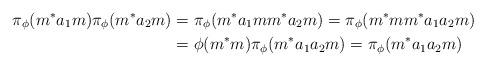
LaTeX: \begin{align*}\pi_\phi(m^*a_1m)\pi_\phi(m^*a_2m)&=\pi_\phi(m^*a_1mm^*a_2m)=\pi_\phi(m^*mm^*a_1a_2m)\\&=\phi(m^*m)\pi_\phi(m^*a_1a_2m)=\pi_\phi(m^*a_1a_2m)\end{align*}